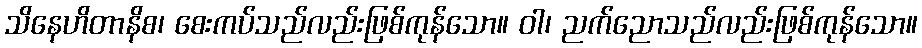
သိနေဟိတာနိစ၊ စေးကပ်သည်လည်းဖြစ်ကုန်သော။ ဝါ၊ ညက်ညောသည်လည်းဖြစ်ကုန်သော။